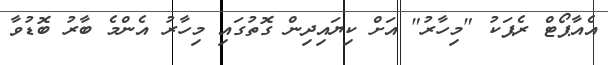
އެއާޕޯޓް ރެޕަކު "މިހާރު" އަށް ކިޔައިދިން ގޮތުގައި މިހާރު އެންމެ ބާރު ބޮޑުވާ